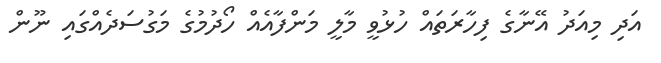
އަދި މިއަދު އޭނާގެ ފިހާރަތައް ހުޅުވީ މާލީ މަންފާއެއް ހޯދުމުގެ މަގުސަދެއްގައި ނޫން